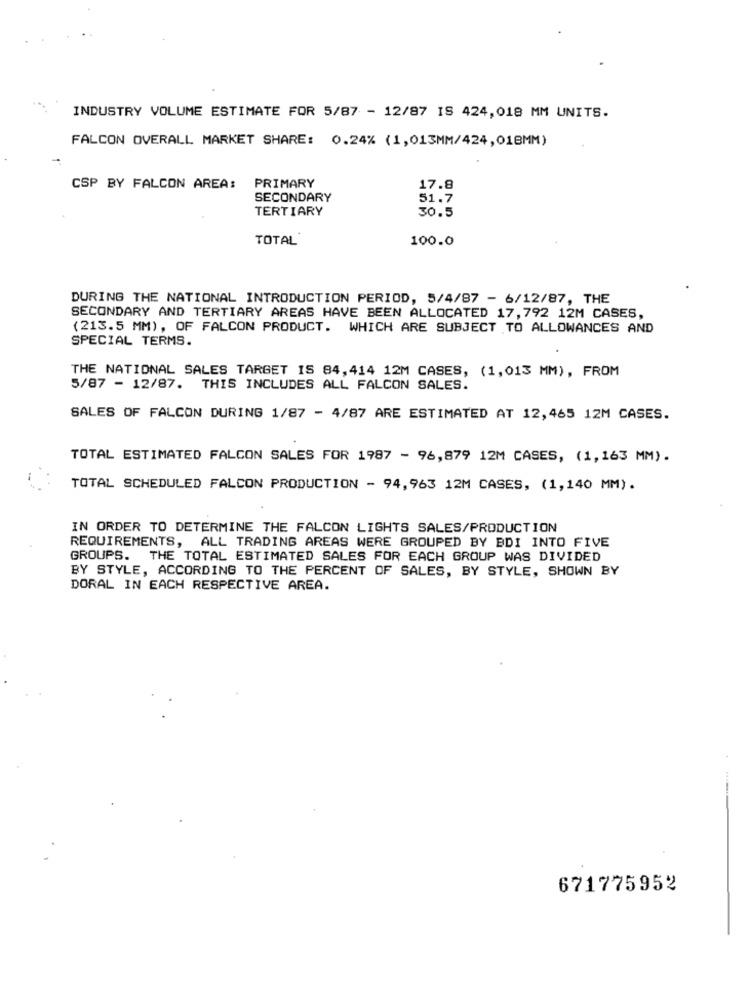
INDUSTRY VOLUME ESTIMATE FOR 5/87 - 12/87 IS 424,018 MM UNITS.
FALCON OVERALL MARKET SHARE: 0.24% (1,013MM/424,018MM)
CSP BY FALCON AREA:
PRIMARY
17.8
SECONDARY
51.7
TERTIARY
30.5
TOTAL
100.0
DURING THE NATIONAL INTRODUCTION PERIOD, 5/4/87 - 6/12/87, THE
SECONDARY AND TERTIARY AREAS HAVE BEEN ALLOCATED 17,792 12M CASES,
(213.5 MM) , OF FALCON PRODUCT. WHICH ARE SUBJECT TO ALLOWANCES AND
SPECIAL TERMS.
THE NATIONAL SALES TARGET IS 84,414 12M CASES, (1,013 MM), FROM
5/87 - 12/87. THIS INCLUDES ALL FALCON SALES.
SALES OF FALCON DURING 1/87 - 4/87 ARE ESTIMATED AT 12,465 12M CASES.
TOTAL ESTIMATED FALCON SALES FOR 1987 - 96,879 12M CASES, (1,163 MM).
TOTAL SCHEDULED FALCON PRODUCTION - 94,963 12M CASES, (1,140 MM).
IN ORDER TO DETERMINE THE FALCON LIGHTS SALES/PRODUCTION
REQUIREMENTS, ALL TRADING AREAS WERE GROUPED BY BDI INTO FIVE
GROUPS. THE TOTAL ESTIMATED SALES FOR EACH GROUP WAS DIVIDED
BY STYLE, ACCORDING TO THE PERCENT OF SALES, BY STYLE, SHOWN BY
DORAL IN EACH RESPECTIVE AREA.
671775952